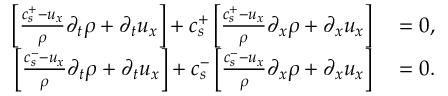
\begin{array} { r l } { \left[ \frac { c _ { s } ^ { + } - u _ { x } } { \rho } \partial _ { t } \rho + \partial _ { t } u _ { x } \right] + c _ { s } ^ { + } \left[ \frac { c _ { s } ^ { + } - u _ { x } } { \rho } \partial _ { x } \rho + \partial _ { x } u _ { x } \right] } & { { } = 0 , } \\ { \left[ \frac { c _ { s } ^ { - } - u _ { x } } { \rho } \partial _ { t } \rho + \partial _ { t } u _ { x } \right] + c _ { s } ^ { - } \left[ \frac { c _ { s } ^ { - } - u _ { x } } { \rho } \partial _ { x } \rho + \partial _ { x } u _ { x } \right] } & { { } = 0 . } \end{array}